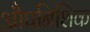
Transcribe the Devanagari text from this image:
औपनिशिक